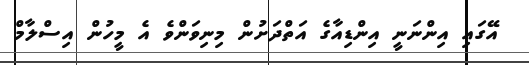
އޭގައި އިންނަނީ އިންޑިއާގެ އަތްދަށުން މިނިވަންވެ އެ މީހުން އިސްލާމް